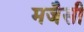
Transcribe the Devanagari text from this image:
मजैसी